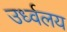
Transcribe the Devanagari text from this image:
उर्ध्वलय